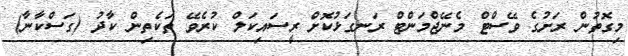
މިގޮތުން ރަށުގެ ވޭސްޓް މެނޭޖްމަންޓް ރަނގަޅުކޮށް ރީސައިކަލް ކުރެވޭ ތަކެތިން ކާދު (ގަސްކާނާާ)